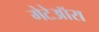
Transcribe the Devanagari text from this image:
मेटेऑरा